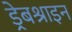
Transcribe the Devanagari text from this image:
ड्रेबश्राइन